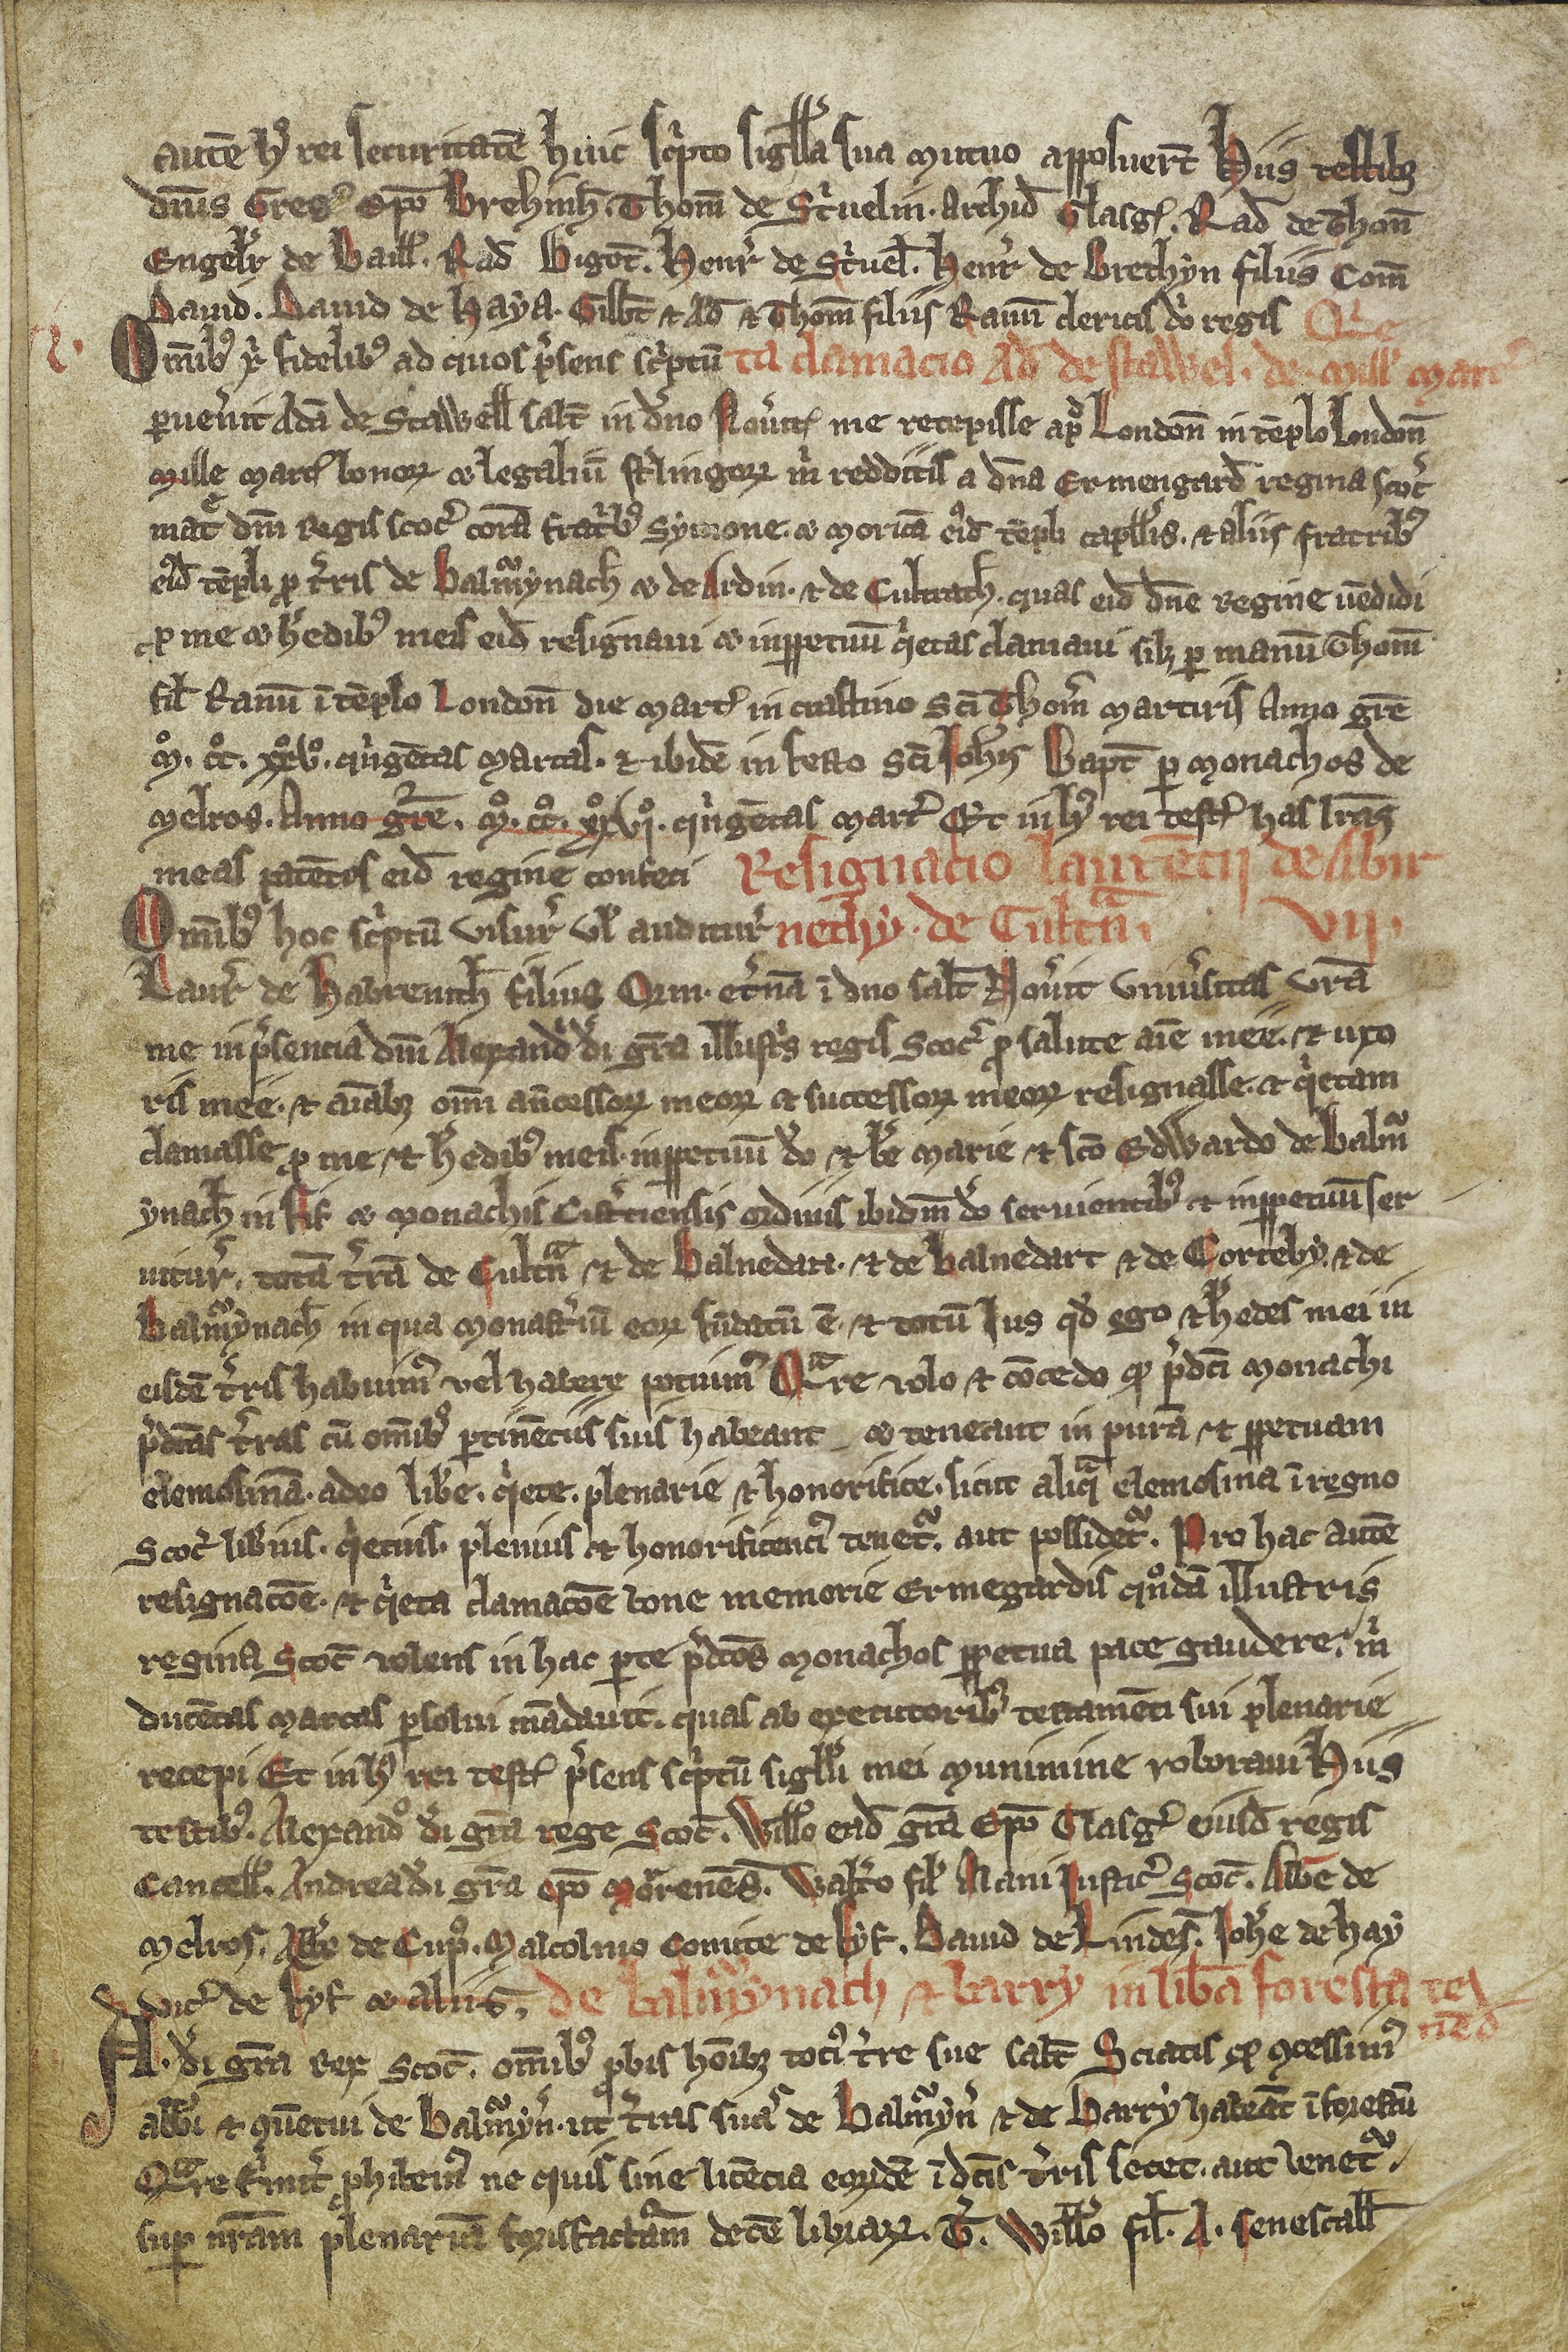
Shelfmark: Edimburgh, National Library of Scotland, Adv. ms. 34.5.3
Century: 14